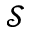
\mathcal { S }